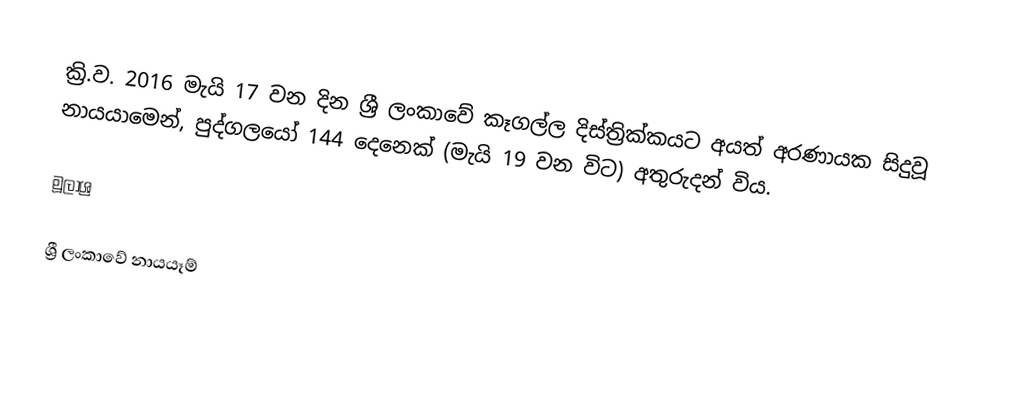
ක්‍රි.ව. 2016 මැයි 17 වන දින ශ්‍රී ලංකාවේ කෑගල්ල දිස්ත්‍රික්කයට අයත්  අරණායක සිදුවූ නායයාමෙන්, පුද්ගලයෝ 144 දෙනෙක් (මැයි 19 වන විට) අතුරුදන් විය.

මූලාශ්‍ර

ශ්‍රී ලංකාවේ නායයෑම්